Annual report of the Punjab Veterinary College and of the Civil Veterinary Department, Punjab - 1926-1932
Year: 1926
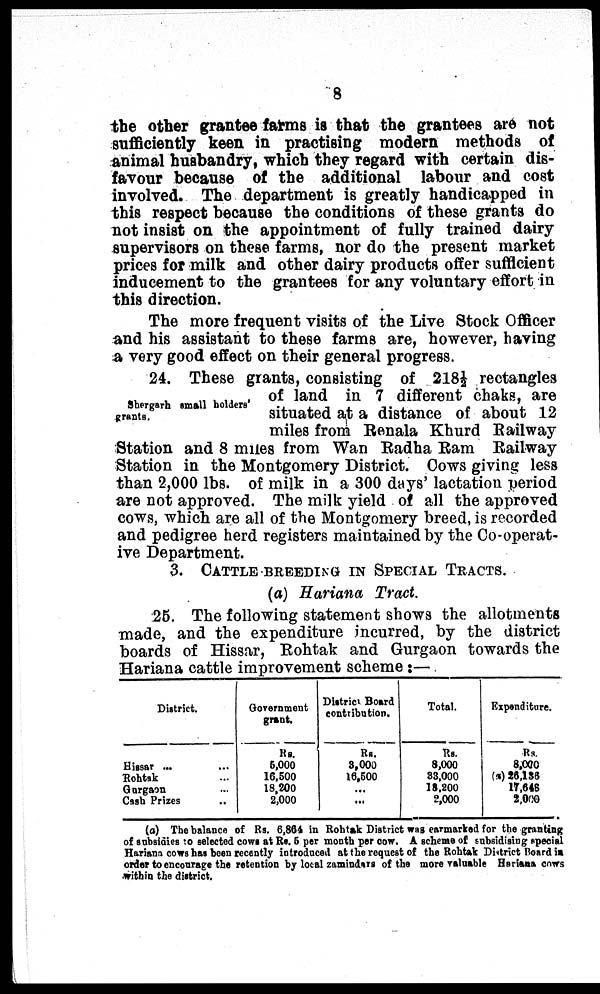
8
the other grantee farms is that the grantees are not
sufficiently keen in practising modern methods of
animal husbandry, which they regard with certain dis-
favour because of the additional labour and cost
involved. The department is greatly handicapped in
this respect because the conditions of these grants do
not insist on the appointment of fully trained dairy
supervisors on these farms, nor do the present market
prices for milk and other dairy products offer sufficient
inducement to the grantees for any voluntary effort in
this direction.
The more frequent visits of the Live Stock Officer
and his assistant to these farms are, however, having
a very good effect on their general progress.
Shergarh small holders'
grants.
24. These grants, consisting of 218½ rectangles
of land in 7 different chaks, are
situated at a distance of about 12
miles from Renala Khurd Railway
Station and 8 miles from Wan Radha Ram Railway
Station in the Montgomery District. Cows giving less
than 2,000 lbs. of milk in a 300 days' lactation period
are not approved. The milk yield of all the approved
cows, which are all of the Montgomery breed, is recorded
and pedigree herd registers maintained by the Co-operat-
ive Department.
3. CATTLE BREEDING IN SPECIAL TRACTS.
(a) Hariana Tract.
25. The following statement shows the allotments
made, and the expenditure incurred, by the district
boards of Hissar, Rohtak and Gurgaon towards the
Hariana cattle improvement scheme:—
District.
Hissar ...
Rohtak ...
Gurgaon ...
Cash Prizes ...
Government
grant.
Rs.
5,000
16,500
18,200
2,000
District Board
contribution.
Rs.
3,000
16,500
...
...
Total.
Rs.
8,000
33,000
18,200
2,000
Expenditure.
Rs.
8,000
(a) 26,136
17,648
2,000
(a) The balance of Rs. 6,864 in Rohtak District was earmarked for the granting
of subsidies to selected cows at Rs. 5 per month per cow. A scheme of subsidising special
Hariana cows has been recently introduced at the request of the Rohtak District Board in
order to encourage the retention by local zamindars of the more valuable Hariana cows
within the district.